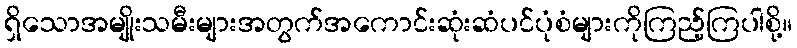
ရှိသောအမျိုးသမီးများအတွက်အကောင်းဆုံးဆံပင်ပုံစံများကိုကြည့်ကြပါစို့။